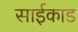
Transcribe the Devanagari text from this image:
साईकाड